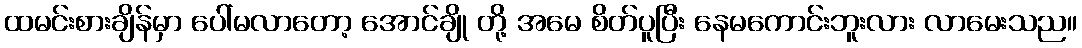
ထမင်းစားချိန်မှာ ပေါ်မလာတော့ အောင်ချို တို့ အမေ စိတ်ပူပြီး နေမကောင်းဘူးလား လာမေးသည။